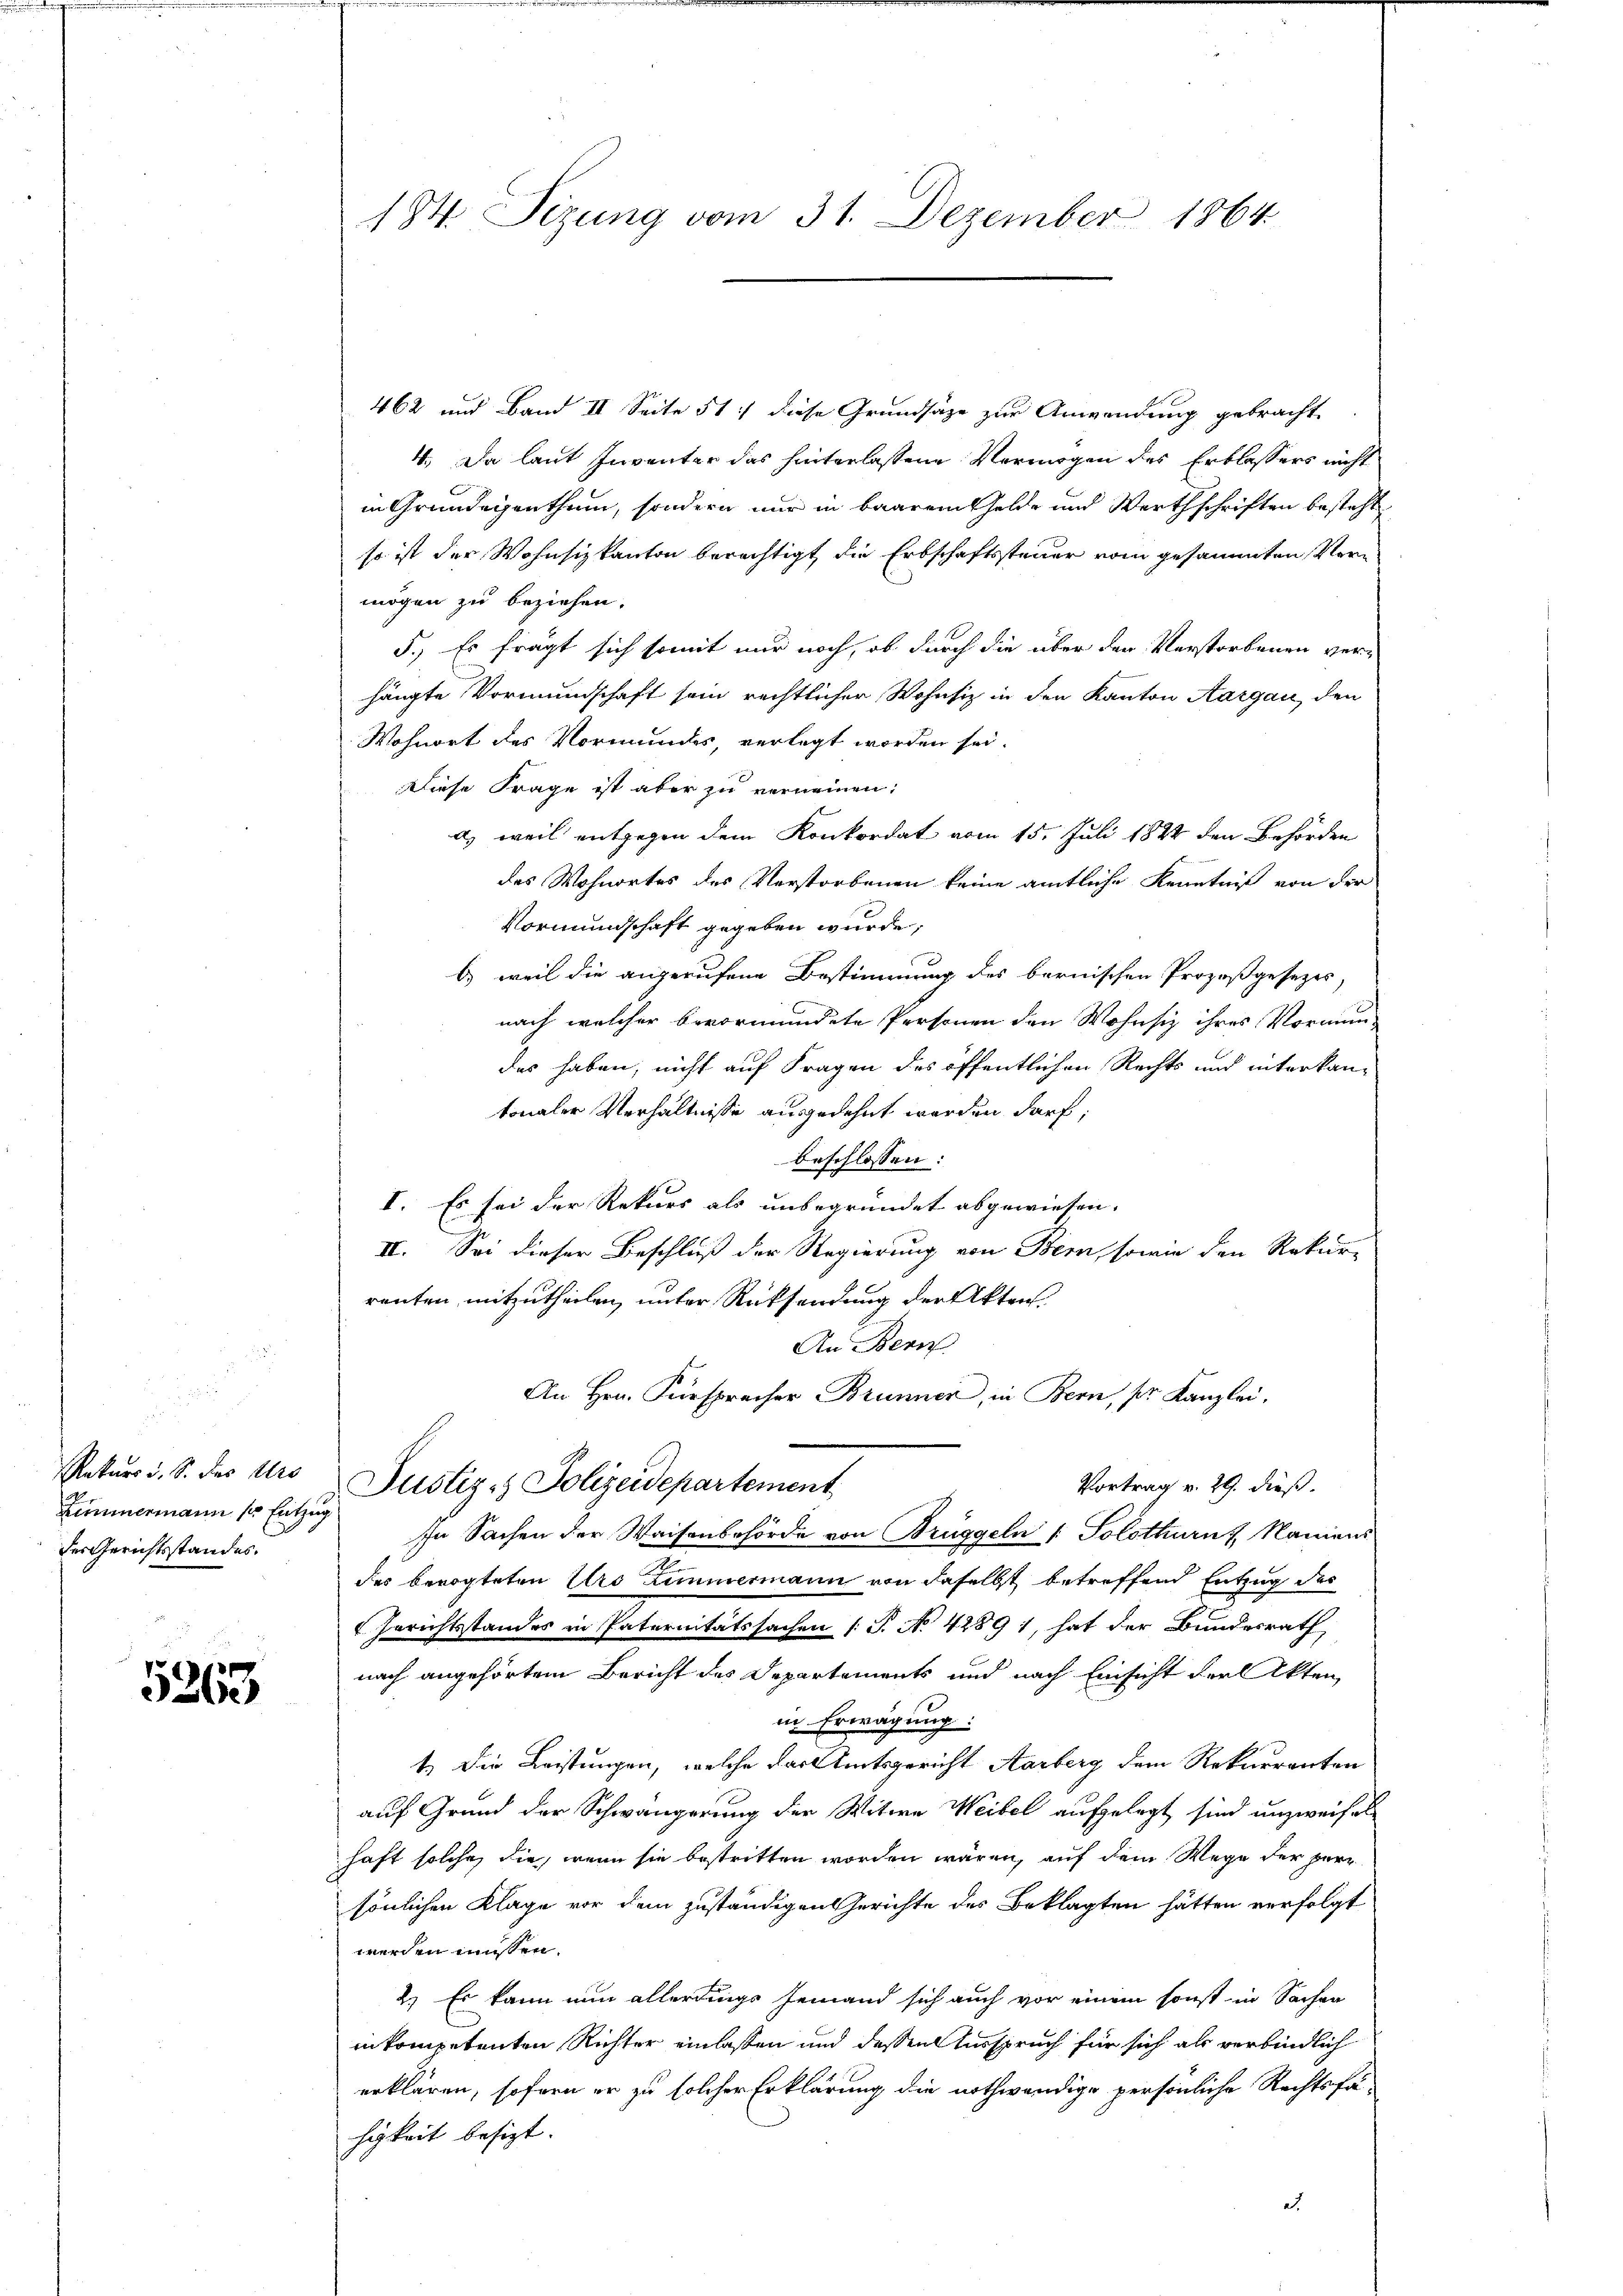
Rekurs d. S. des Aro
Zimmermann so Entzug
der Gerichtsstandes.

5263

184. Sizung vom 31. Dezember 1864

462 und Band II. Seite 517 diese Grundsätze zur Anwendung gebracht
4. Da laut Inventer das hinterlassene Vermögen des Erblassers nicht
in Grundeigenthum, sondern nur in baarem Gelde und Werthschriften besteht
so ist der Wohnsizkanton berechtigt die Erbschaftssteuer vom gesammten Vermögen zu beziehen.
5.) Es fragt sich somit nur noch, ob durch die über der Verstorbenen verhängte Vormundschaft sein rechtlicher Wohnsiz in den Kanton Aargau, den
Wohnort des Vormundes, verlegt worden sei
Diese Frage ist aber zu verneinen:
d) weil entgegen dem Konkordat vom 15. Juli 1824 den Behörden
des Wohnortes des Verstorbenen keine amtliche Kenntniß von der
Vormundschaft gegeben wurde,
b) weil die angerufene Bestimmung des bernischen Prozeßgesezes
nach welcher bevormundete Personen den Wohnsiz ihres Vormun-
des haben, nicht auf Fragen des öffentlichen Rechts und interkantonaler Verhältnisse ausgedehnt werden darf;
beschlossen:
I. Es sei der Rekurs als unbegründet abgewiesen.
II. Sei dieser Beschluß der Regierung von Bern, sowie den Rekur-
ranten mitzutheilen, unter Rücksendung der Akten.
An Bern
An Hrn. Fürspracher Brunner, in Bern, pr. Kanzlei.
Vortrag v. 29. dieß.
Justiz- & Polizeidepartement
In Sachen der Waisenbehörde von Brüggeln (: Solothurnz Namens
E
des bevogteten Urs Zimmermann von daselbst betreffend Entzug des
 Gerichtsstandes in Paternitätssachen (S. No 4289 1, hat der Bundesrath,
nach angehörtem Bericht des Departements und nach Einsicht der Akten
in Erwägung:
t. Die Leistungen, welche das Amtsgericht Aarberg dem Rekurrenten
auf Grund der Schwängerung der Witwe Weibel aufgelegt sind unzweifelhaft solche die, wenn sie bestritten worden wären, auf dem Wege der Herr
sönlichen Klage vor dem zuständigen Gerichte des Beklagten hätten verfolgt
werden müssen.
2.) Es kann nun allerdings jemand sich auch vor einem sonst in Sachen
inkompetenten Richter einlassen und dessen Ausspruch für sich als verbindlich
erklären, sofern er zu solcher Erklärung die nothwendige persönliche Rechtsfä-
higkeit besizt.
et.